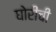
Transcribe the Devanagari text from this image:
घोरीची